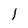
Character: l